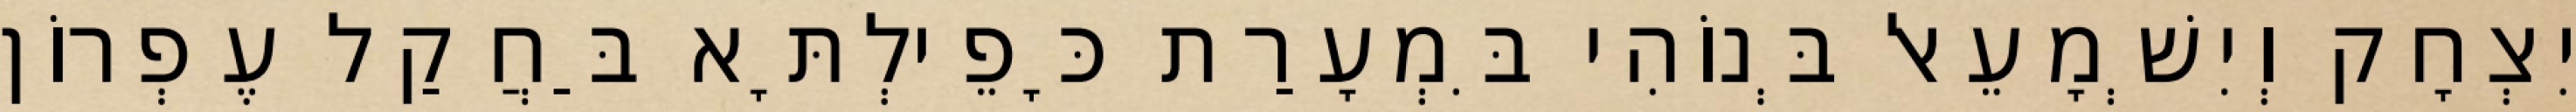
יִצְחָק וְיִשְׁמָעֵאל בְּנוֹהִי בִּמְעָרַת כָּפֵילְתָּא בַּחֲקַל עֶפְרוֹן